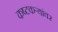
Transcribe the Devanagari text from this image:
कष्टकऱ्यांवर